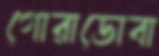
গোরাডোবা